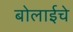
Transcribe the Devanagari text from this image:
बोलाईचे